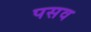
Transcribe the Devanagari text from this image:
पसव